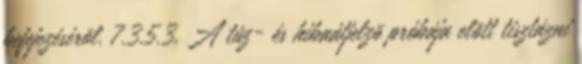
befejezésérõl. 7.3.5.3. A tûz- és hibaátjelzõ próbája elõtt tisztázni